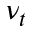
\nu _ { t }